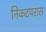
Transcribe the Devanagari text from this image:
निकटपरास